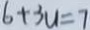
6 + 3 u = 7